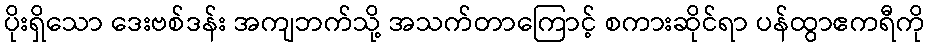
ပိုးရှိသော ဒေးဗစ်ဒန်း အကျဘက်သို့ အသက်တာကြောင့် စကားဆိုင်ရာ ပန်ထွာဧကရီကို